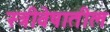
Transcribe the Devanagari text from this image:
स्त्रीवेषातील